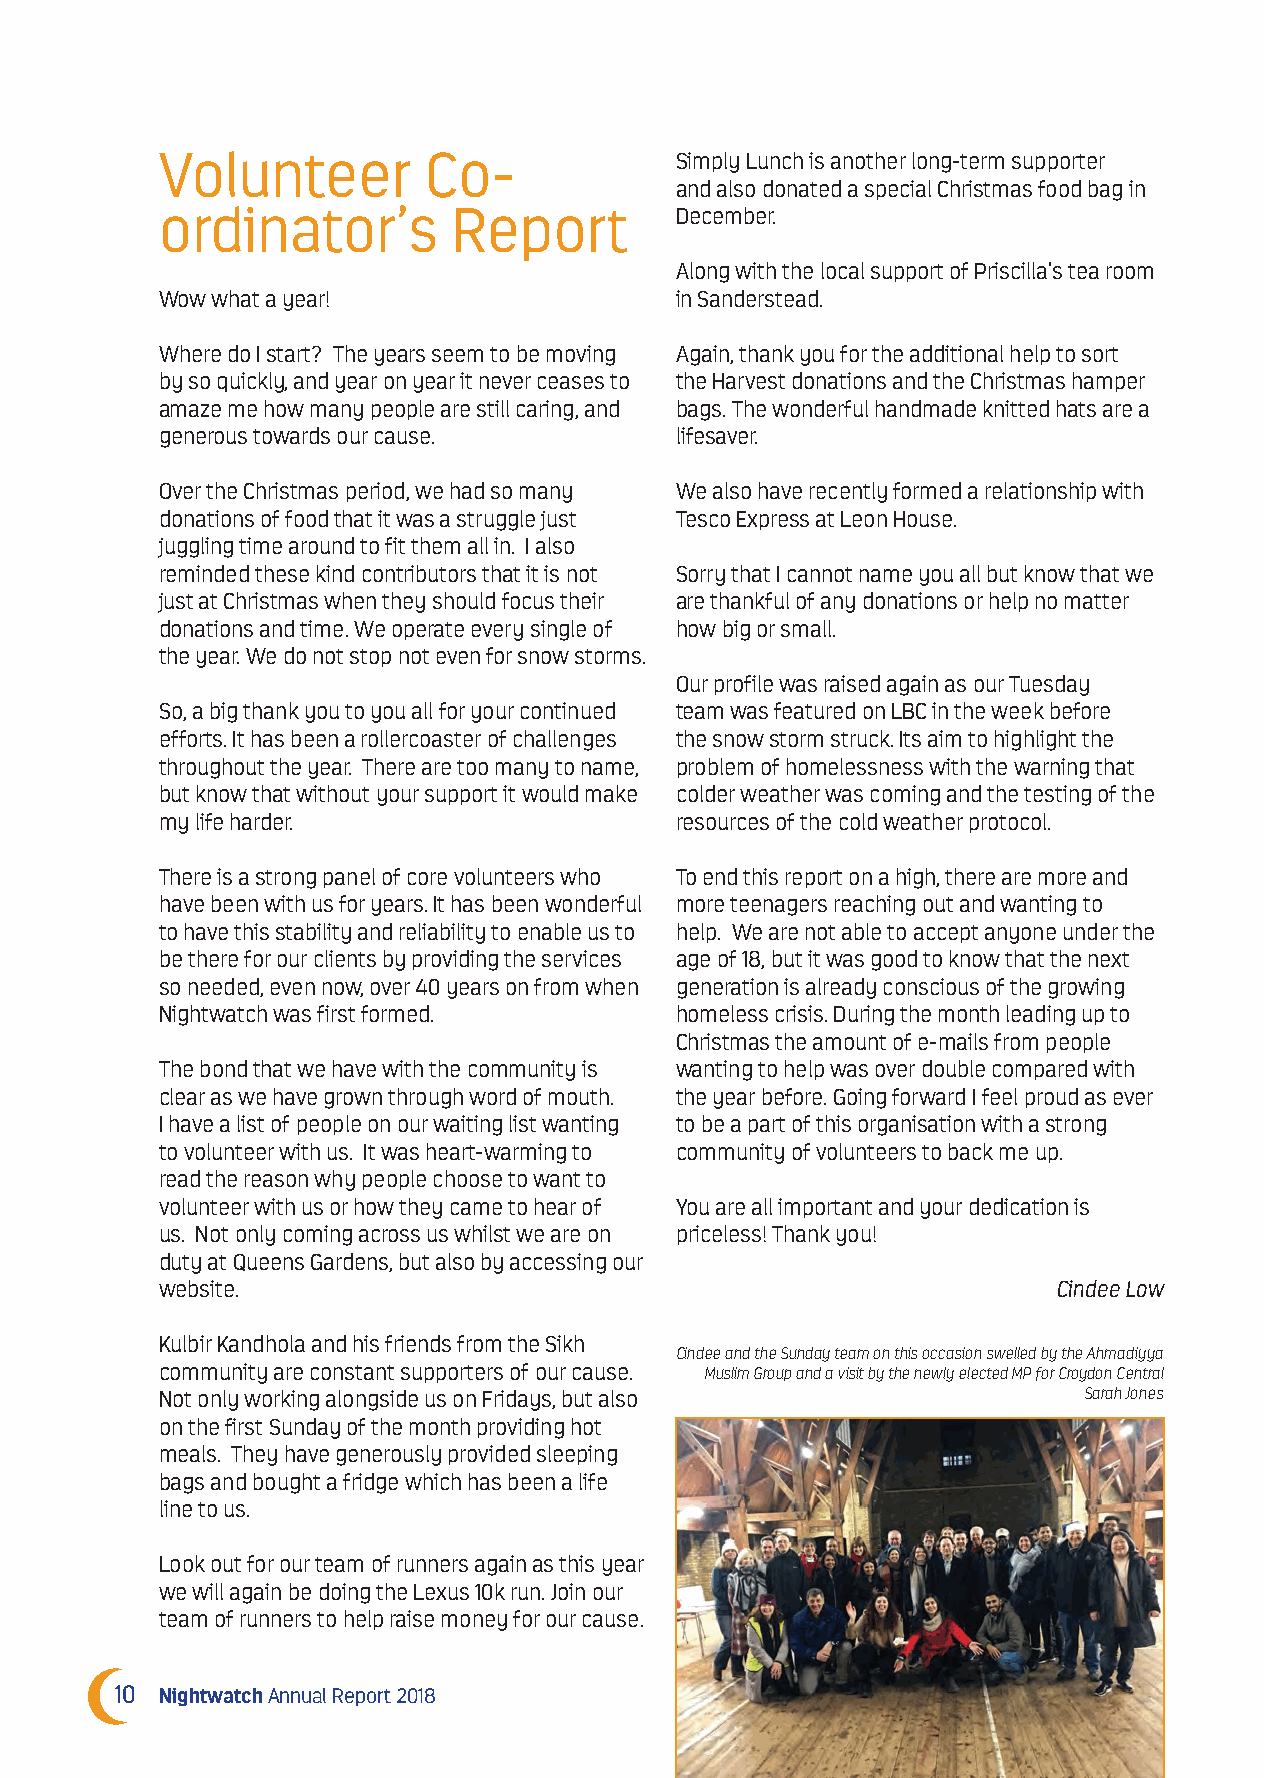
Volunteer        Co-              Simply Lunch is another long-term supporter
 and also donated a special Christmas food bag in
 ordinator’s        Report         December.
 Along with the local support of Priscilla’s tea room
 Wow what a year!                  in Sanderstead.
 Where do I start? The years seem to be moving Again, thank you for the additional help to sort
 by so quickly, and year on year it never ceases to the Harvest donations and the Christmas hamper
 amaze me how many people are still caring, and bags. The wonderful handmade knitted hats are a
 generous towards our cause.       lifesaver.
 Over the Christmas period, we had so many We also have recently formed a relationship with
 donations of food that it was a struggle just Tesco Express at Leon House.
 juggling time around to fit them all in. I also
 reminded these kind contributors that it is not Sorry that I cannot name you all but know that we
 just at Christmas when they should focus their are thankful of any donations or help no matter
 donations and time. We operate every single of how big or small.
 the year. We do not stop not even for snow storms.
 Our profile was raised again as our Tuesday
 So, a big thank you to you all for your continued team was featured on LBC in the week before
 efforts. It has been a rollercoaster of challenges the snow storm struck. Its aim to highlight the
 throughout the year. There are too many to name, problem of homelessness with the warning that
 but know that without your support it would make colder weather was coming and the testing of the
 my life harder.                   resources of the cold weather protocol.
 There is a strong panel of core volunteers who To end this report on a high, there are more and
 have been with us for years. It has been wonderful more teenagers reaching out and wanting to
 to have this stability and reliability to enable us to help. We are not able to accept anyone under the
 be there for our clients by providing the services age of 18, but it was good to know that the next
 so needed, even now, over 40 years on from when generation is already conscious of the growing
 Nightwatch was first formed.      homeless crisis. During the month leading up to
 Christmas the amount of e-mails from people
 The bond that we have with the community is wanting to help was over double compared with
 clear as we have grown through word of mouth. the year before. Going forward I feel proud as ever
 I have a list of people on our waiting list wanting to be a part of this organisation with a strong
 to volunteer with us. It was heart-warming to community of volunteers to back me up.
 read the reason why people choose to want to
 volunteer with us or how they came to hear of You are all important and your dedication is
 us. Not only coming across us whilst we are on priceless! Thank you!
 duty at Queens Gardens, but also by accessing our
 website.                                                   Cindee Low
 Kulbir Kandhola and his friends from the Sikh
 Cindee and the Sunday team on this occasion swelled by the Ahmadiyya
 community are constant supporters of our cause. Muslim Group and a visit by the newly elected MP for Croydon Central
 Not only working alongside us on Fridays, but also           Sarah Jones
 on the first Sunday of the month providing hot
 meals. They have generously provided sleeping
 bags and bought a fridge which has been a life
 line to us.
 Look out for our team of runners again as this year
 we will again be doing the Lexus 10k run. Join our
 team of runners to help raise money for our cause.
 10 Nightwatch Annual Report 2018